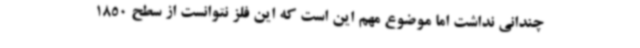
چندانی نداشت اما موضوع مهم این است که این فلز نتوانست از سطح 1850